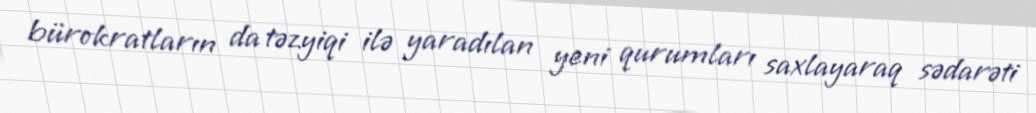
bürokratların da təzyiqi ilə yaradılan yeni qurumları saxlayaraq sədarəti